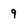
Character: 9